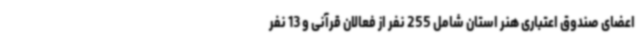
اعضای صندوق اعتباری هنر استان شامل 255 نفر از فعالان قرآنی و 13 نفر